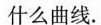
什么曲线。